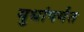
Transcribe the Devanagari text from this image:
युधांपर्यंत